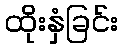
ထိုးနှံခြင်း